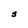
Character: s